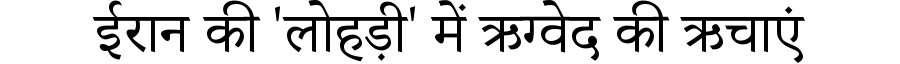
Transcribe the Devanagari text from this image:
ईरान की 'लोहड़ी' में ऋग्वेद की ऋचाएं